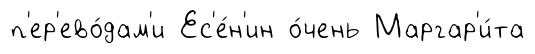
п'ер'ево́дам'и Ес'е́н'ин о́чень Маргар'и́та